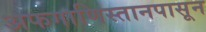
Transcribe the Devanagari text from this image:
अफगाणिस्तानपासून